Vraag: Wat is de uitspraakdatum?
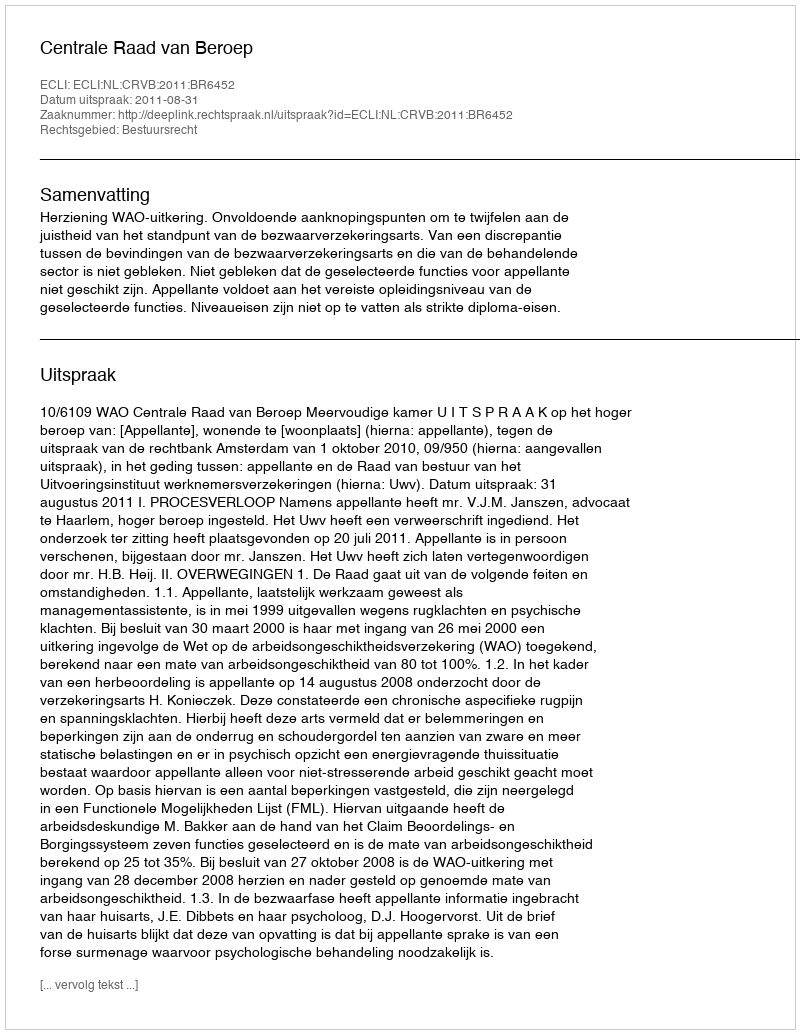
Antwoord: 2011-08-31